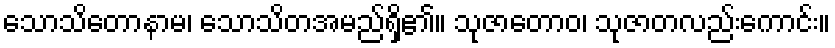
သောသိတောနာမ၊ သောသိတအမည်ရှိ၏။ သုဇာတောဝ၊ သုဇာတလည်းကောင်း။